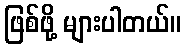
ဖြစ်ဖို့ များပါတယ်။